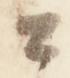
公